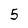
Character: 5